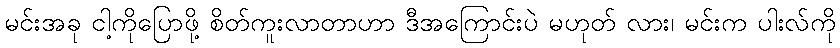
မင်းအခု ငါ့ကိုပြောဖို့ စိတ်ကူးလာတာဟာ ဒီအကြောင်းပဲ မဟုတ် လား၊ မင်းက ပါးလ်ကို